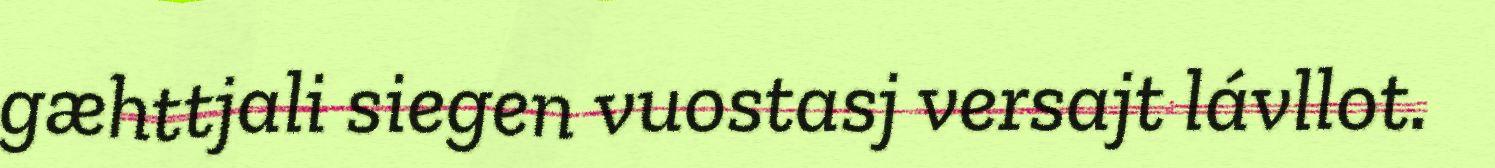
gæhttjali siegen vuostasj versajt lávllot.